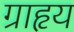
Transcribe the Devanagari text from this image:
ग्राहृय